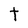
Character: t